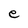
Character: e